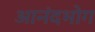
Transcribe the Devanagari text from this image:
आनंदभोग